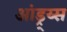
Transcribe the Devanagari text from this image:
आंड्र्य्स